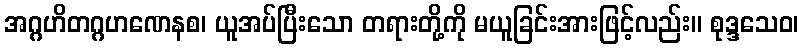
အဂ္ဂဟိတဂ္ဂဟဏေနစ၊ ယူအပ်ပြီးသော တရားတို့ကို မယူခြင်းအားဖြင့်လည်း။ စုဒ္ဒသေဝ၊